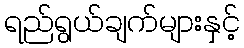
ရည်ရွယ်ချက်များနှင့်